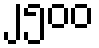
၂၅၀၀